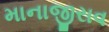
માનાજીરાવ